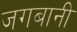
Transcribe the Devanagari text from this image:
जगबानी